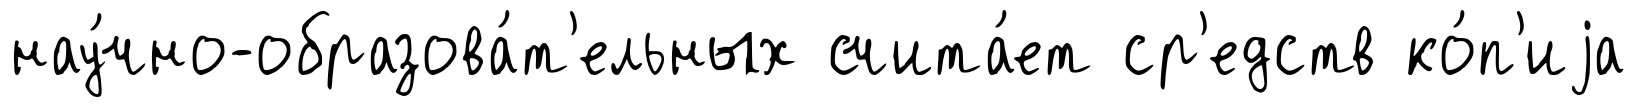
нау́чно-образова́т'ельных счита́ет ср'едств ко́п'иjа